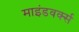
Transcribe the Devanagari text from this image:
माइंडवर्क्स